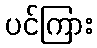
ပင်ကြား